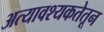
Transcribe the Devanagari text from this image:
अत्यावश्यकतेतून